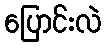
ပြောင်းလဲ